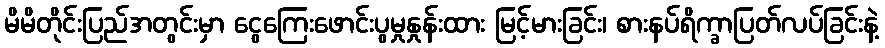
မိမိတိုင်းပြည်အတွင်းမှာ ငွေကြေးဖောင်းပွမှုနှုန်းထား မြင့်မားခြင်း၊ စားနပ်ရိက္ခာပြတ်လပ်ခြင်းနဲ့